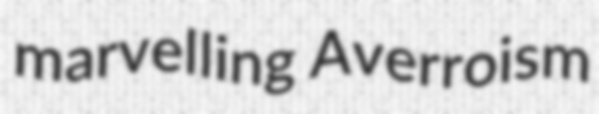
marvelling Averroism